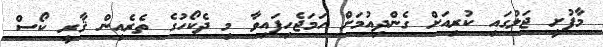
މާފުށީ ޖަލުގައި ކުރިއަށް ގެންދިއުމަށް ހަމަޖެހިފައިވާ މި ދެކޯހުގެ ތެރެއިން ޤާރީ ކޯސް